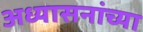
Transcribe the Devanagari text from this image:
अध्यासनांच्या